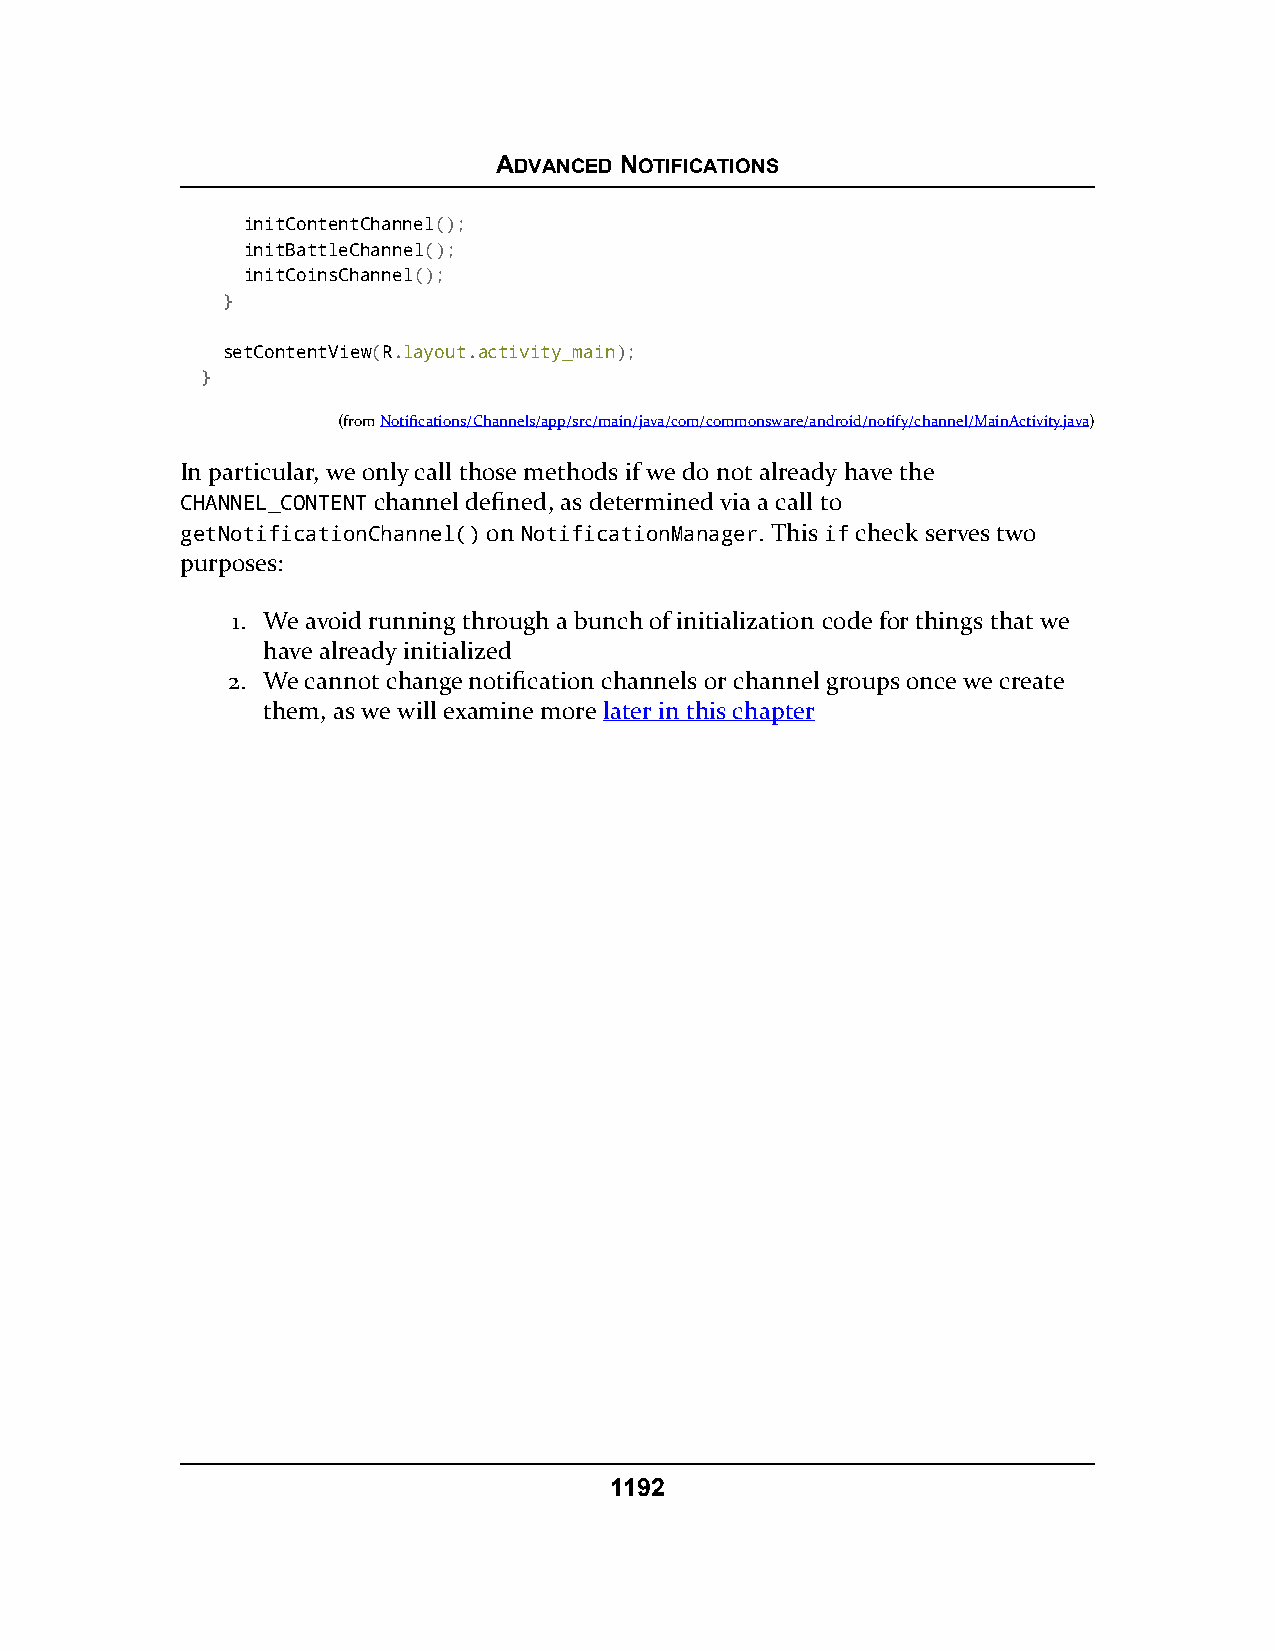
ADVANCED NOTIFICATIONS
 initContentChannel();
 initBattleChannel();
 initCoinsChannel();
 }
 setContentView(R.layout.activity_main);
 }
 (fromNotifications/Channels/app/src/main/java/com/commonsware/android/notify/channel/MainActivity.java)
 In particular, we only call those methods if we do not already have the
 CHANNEL_CONTENT channel defined, as determined via a call to
 getNotificationChannel() on NotificationManager. This if check serves two
 purposes:
 1. We avoid running through a bunch of initialization code for things that we
 have already initialized
 2. We cannot change notification channels or channel groups once we create
 them, as we will examine more later in this chapter
 1192